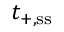
t _ { + , \ensuremath { \mathrm { s s } } }